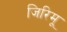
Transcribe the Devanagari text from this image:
जिरिमू